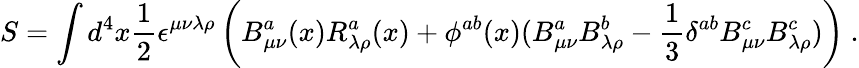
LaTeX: S=\int d^{4}x\frac{1}{2}\epsilon^{\mu\nu\lambda\rho}\left(B_{\mu\nu}^{a}(x)R_{\lambda\rho}^{a}(x)+\phi^{ab}(x)(B_{\mu\nu}^{a}B_{\lambda\rho}^{b}-\frac{1}{3}\delta^{ab}B_{\mu\nu}^{c}B_{\lambda\rho}^{c})\right)\ .